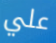
علي